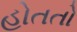
હોતતો